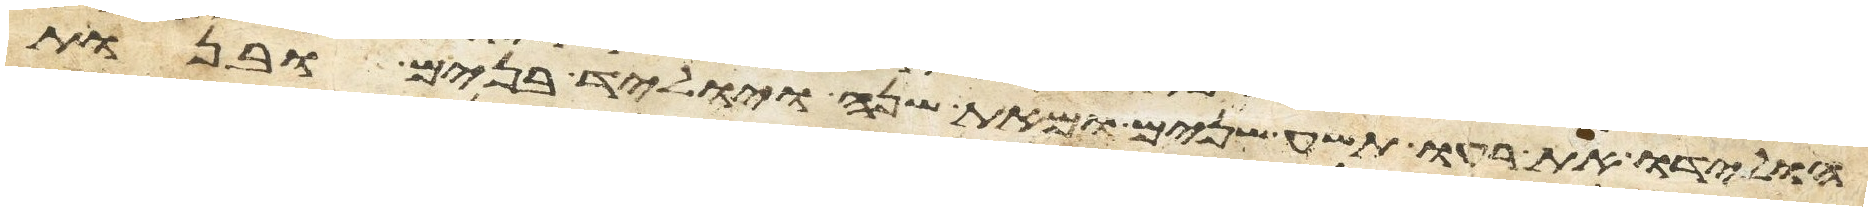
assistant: הולידו את רעו תשע שנים ומאת שנה ויוליד בנים ובנות